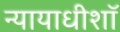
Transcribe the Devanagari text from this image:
न्यायाधीशॉ